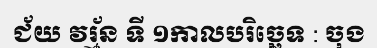
ជ័យ វរ្ម័ន ទី ១កាលបរិច្ឆេទ : ចុង